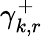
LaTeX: \gamma_{k,r}^{+}